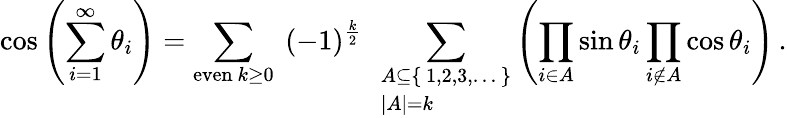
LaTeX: \cos\left(\sum_{i=1}^{\infty}\theta_{i}\right)=\sum_{{\mathrm{even}}\ k\geq 0}~(-1)^{\frac{k}{2}}~~\sum_{\begin{array}{l}{A\subseteq\{ \, 1,2,3,\dots\, \} }\\ {\left|A\right|=k}\end{array}}\left(\prod_{i\in A}\sin\theta_{i}\prod_{i\not\in A}\cos\theta_{i}\right)\, .